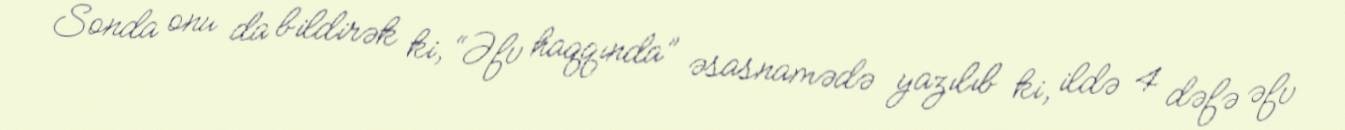
Sonda onu da bildirək ki, “Əfv haqqında” əsasnamədə yazılıb ki, ildə 4 dəfə əfv